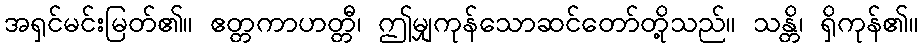
အရှင်မင်းမြတ်၏။ ဧတ္တကာဟတ္တီ၊ ဤမျှကုန်သောဆင်တော်တို့သည်။ သန္တိ၊ ရှိကုန်၏။